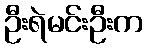
ဦးရဲမင်းဦးက